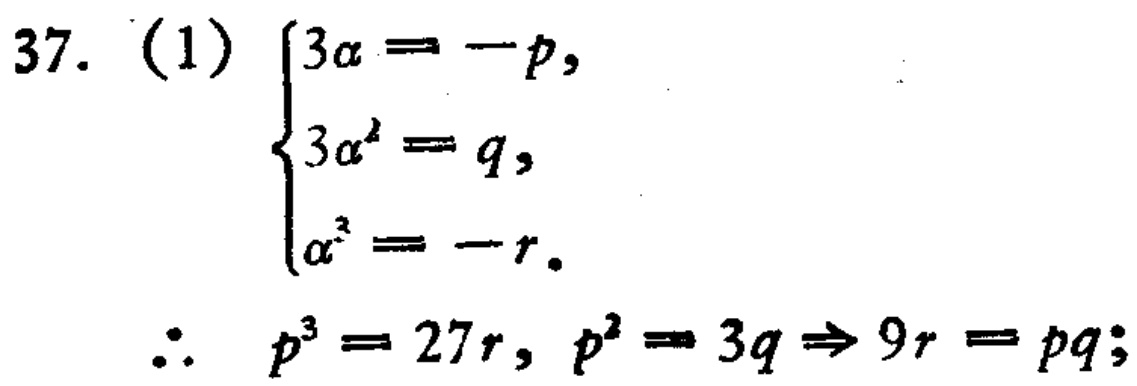
37. (1) $\begin{cases}3\alpha = -p,\\3\alpha^{2} = q,\\\alpha^{3} = -r.\end{cases}$
$\therefore p^{3} = 27r, p^{2} = 3q \Rightarrow 9r = pq;$